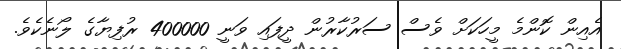
އެއިން ކޮންމެ މީހަކަށް ވެސް ސަރުކާރުން ދީފައި ވަނީ 400000 ރުފިޔާގެ ލޯނެކެވެ.